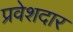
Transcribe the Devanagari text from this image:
प्रवेशदार